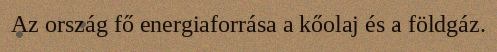
Az ország fő energiaforrása a kőolaj és a földgáz.